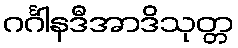
ဂင်္ဂါနဒီအာဒိသုတ္တ